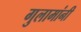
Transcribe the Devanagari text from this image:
गुलामांनी